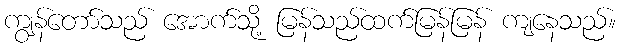
ကျွန်တော်သည် အောက်သို့ မြန်သည်ထက်မြန်မြန် ကျနေသည်။